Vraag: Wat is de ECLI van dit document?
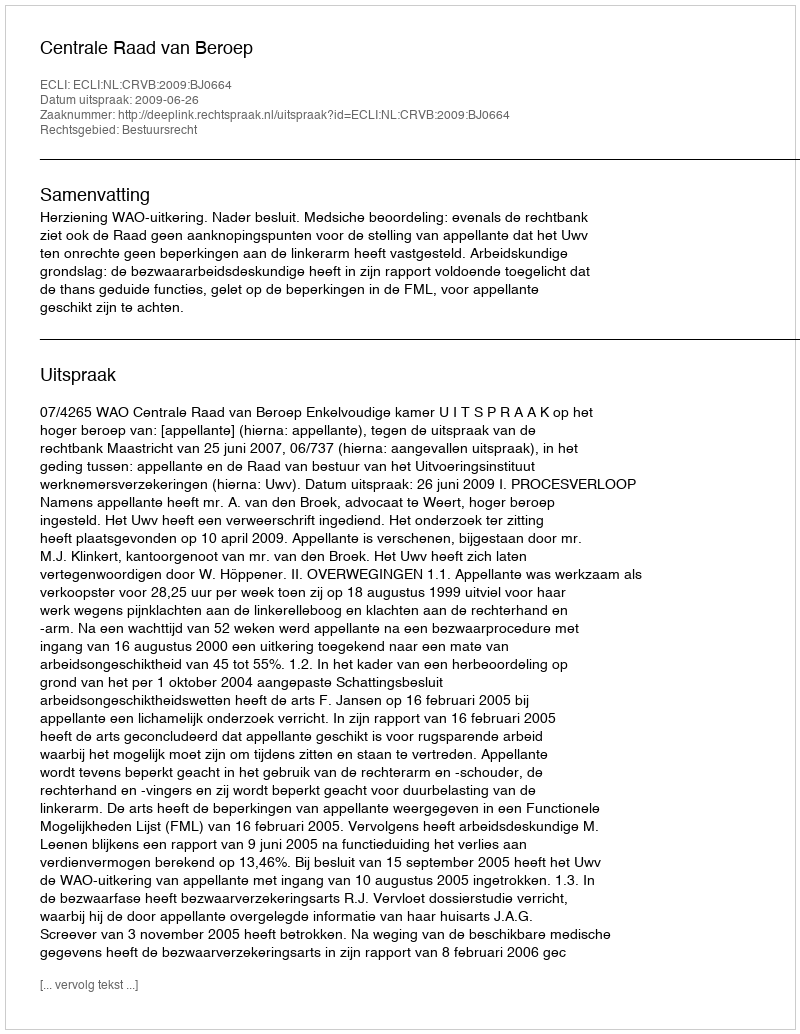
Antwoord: ECLI:NL:CRVB:2009:BJ0664